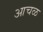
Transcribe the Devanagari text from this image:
आचळ